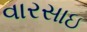
વારસાઇ